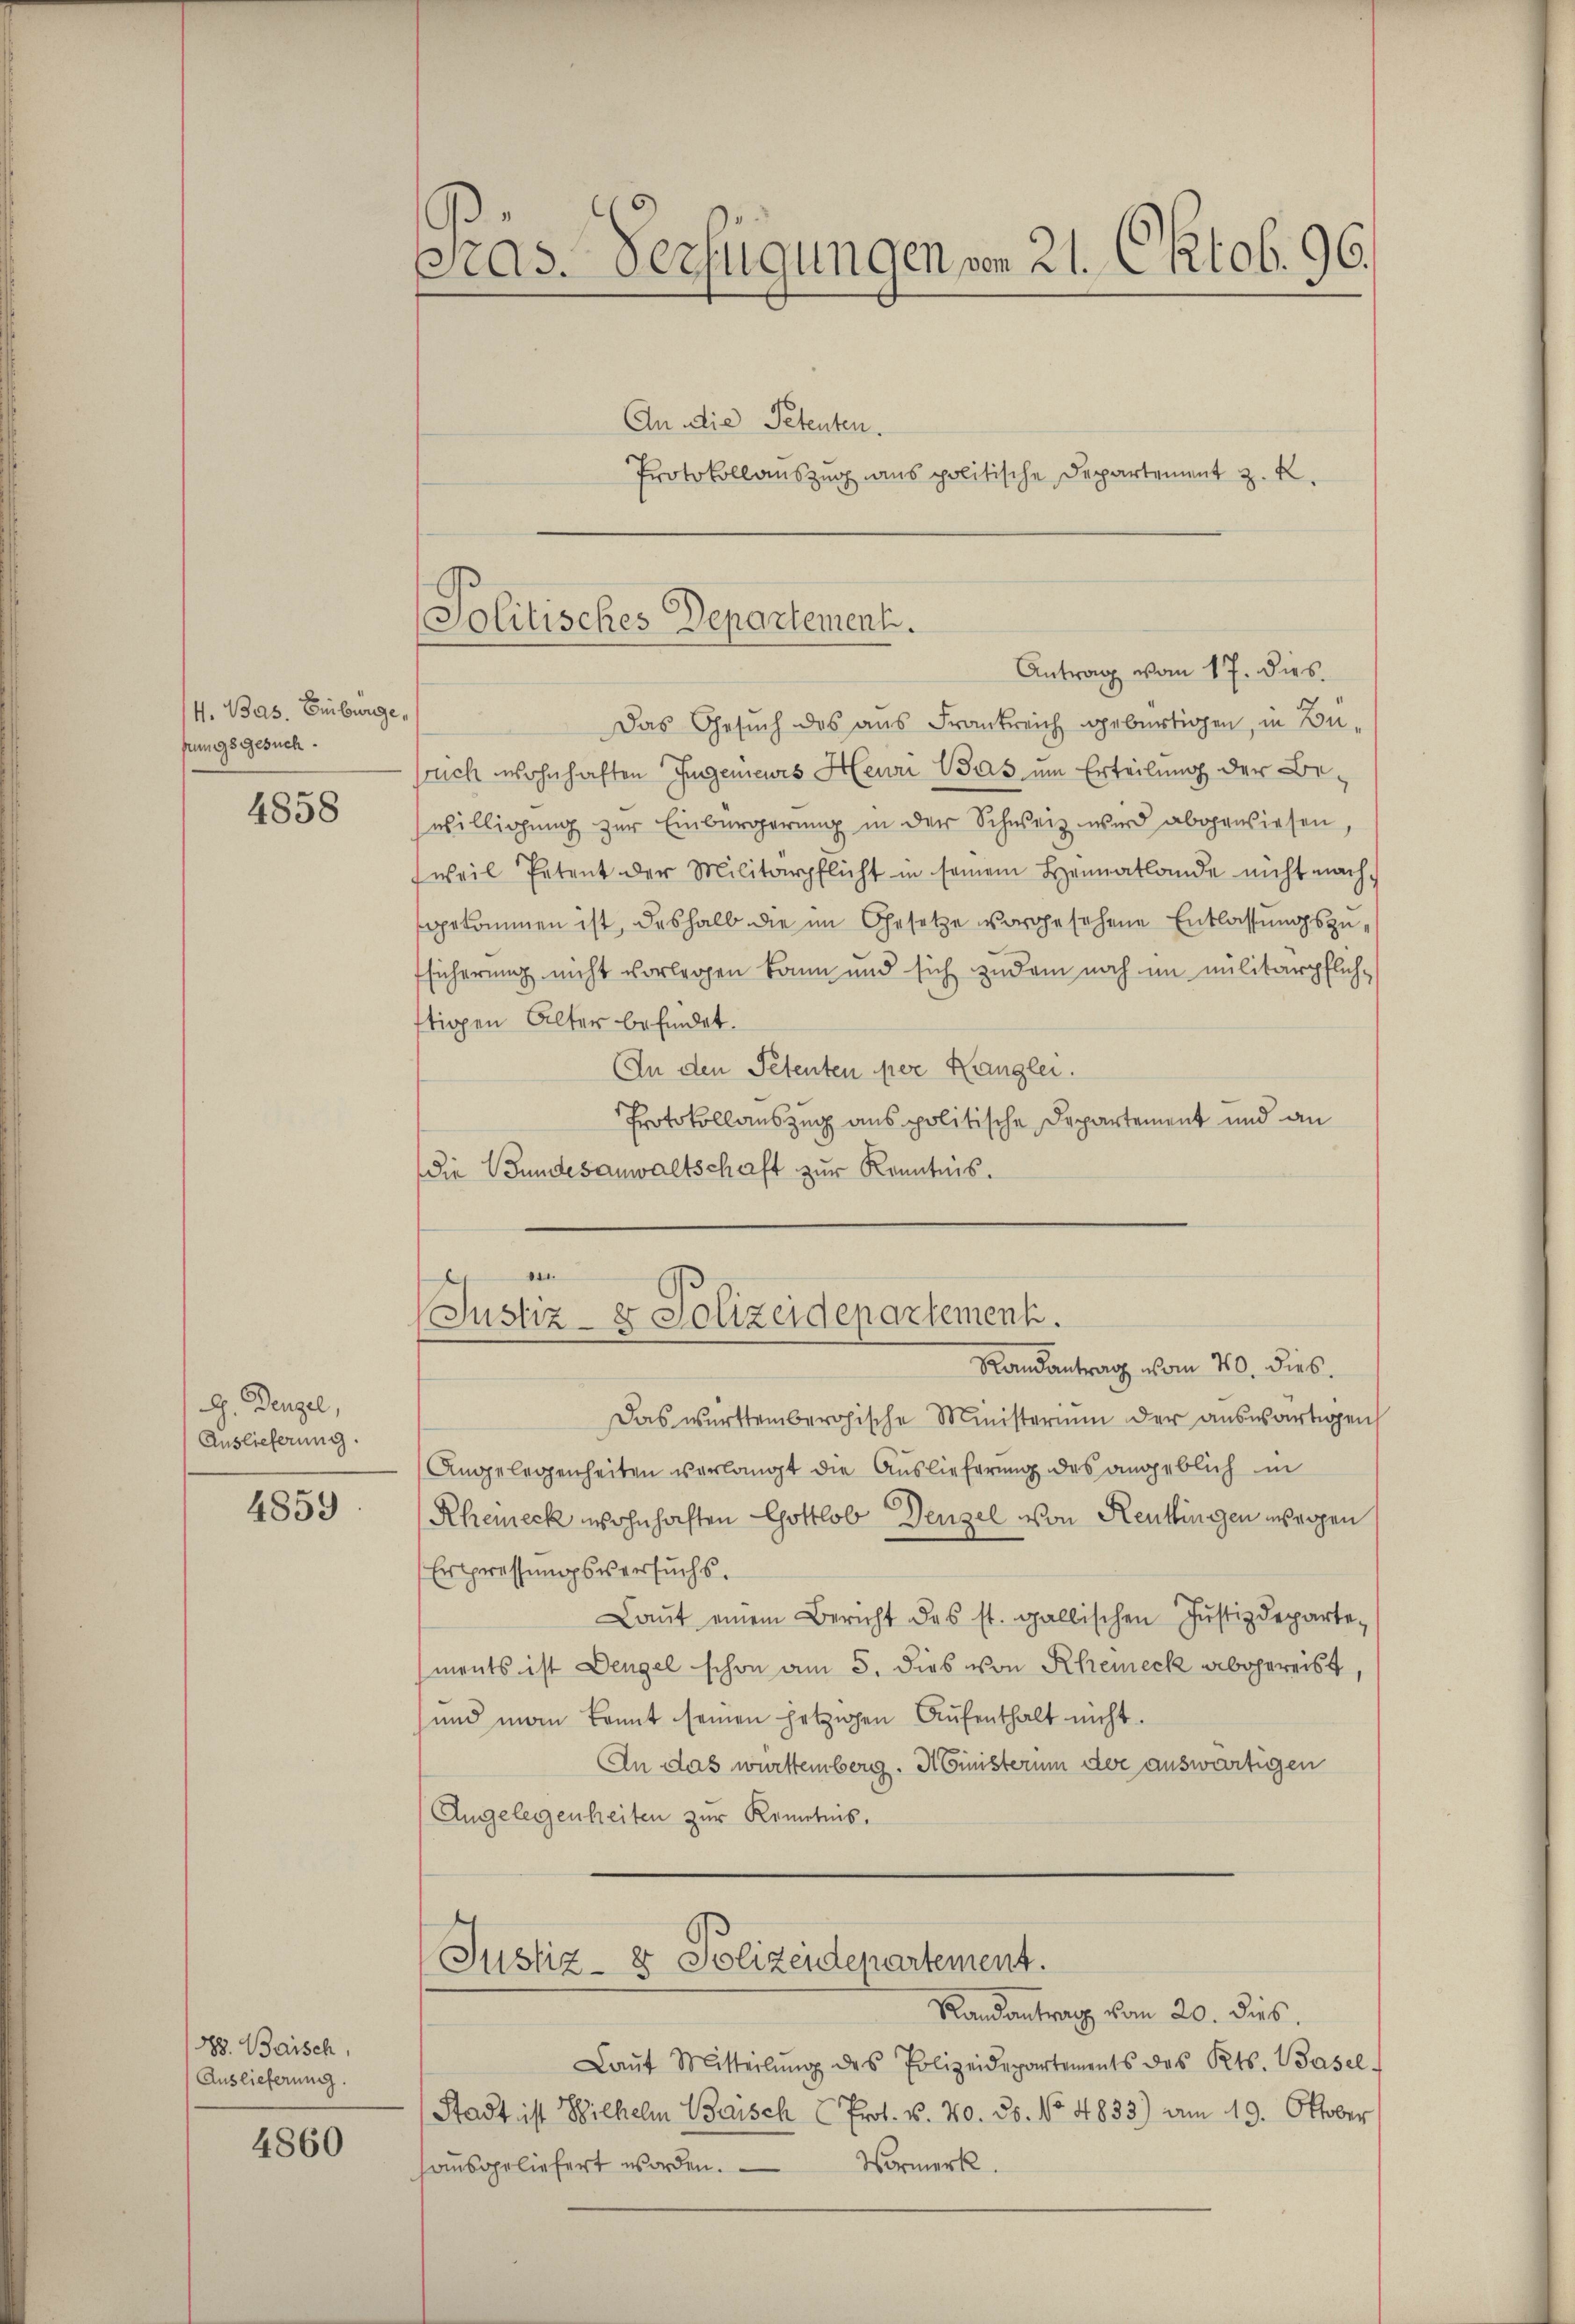
/4. Bas. Einburge,
fungsgesuch.

4858

G. Denzel,
Auslieferung.

4859

888. Baisch
Auslieferung.

4860

pras. Verfügungen von 21. Oktob. 96.

Politisches Departement.

An die Petenten.
Protokollauszug aus politische Departement z. K.
Antrag vom 17. dies
Das Gesuch des aus Frankreich gebürtigen, in Besruch wohnhaften Ingenieues Heur Was um Erteilung der Be-
willigung zur Einbürgerung in der Schweiz wird abgewiesen,
weil Petent der Militärpflicht in seinem Heimatlande nicht nachgekommen ist, deshalb die im Gesetze vorgesehene Entlassungszufsicherung nicht vorlegen kann und sich zudem noch im militärpflichftigen Alter befindet.
An den Petenten per Kanglei
Protokollauszug aus politische Departement und an
die Bundesanwaltschaft zur Kenntnis.
Randantrag vom 20. dies.
Das württembergische Ministerium der auswärtigen
Angelegenheiten verlangt die Auslieferung des angeblich in
Rheineck wohnhaften Gottlob Denzel von Reutlingen übrigen
Erpressungsversuchs.
Laŭt einem Bericht des st. gallischen Jŭstizdeparte-
ments ist Dengel schon am 5. dies von Rheieck abgereist,
und man kannt seinen jetzigen Aŭfenthalt nicht.
An das württemberg. Ministerum der auswärtigen
Angelegenheiten zur Kenntnis.
Justiz- & Polizeidepartement.
Randantrag vom 20. dies.
Laŭt Mitteilŭng des Polizeidepartements des Kts. Basel-
Stadt ist Wilhelm Baisch Prot. S. 70. 25. No. 4833) am 19. Oktober
Vormerk.
hausgeliefert worden.

n
Justiz- & Polizeidepartement.